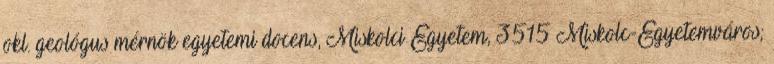
okl. geológus mérnök egyetemi docens, Miskolci Egyetem, 3515 Miskolc-Egyetemváros;